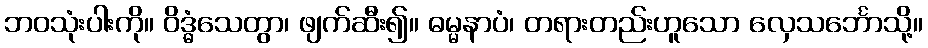
ဘဝသုံးပါးကို။ ဝိဒ္ဓံသေတွာ၊ ဖျက်ဆီး၍။ ဓမ္မနာပံ၊ တရားတည်းဟူသော လှေသင်္ဘောသို့။